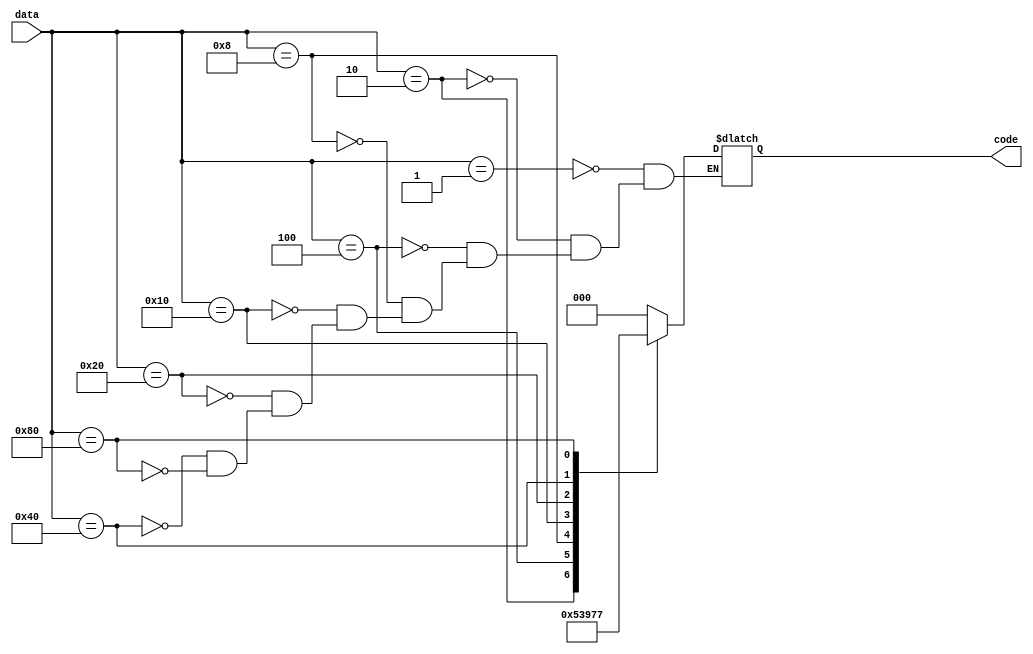

`timescale 10 ns / 1 ns

module Encoder8x3(code, data);
  input [7:0] data;
  output reg [2:0] code;
  
  always @(data)
  begin
    case(data)
      8'b0000_0001: code <= 3'd0;
      8'b0000_0010: code <= 3'd1;
      8'b0000_0100: code <= 3'd2;
      8'b0000_1000: code <= 3'd3;
      8'b0001_0000: code <= 3'd4;
      8'b0010_0000: code <= 3'd5;
      8'b0100_0000: code <= 3'd6;
      8'b1000_0000: code <= 3'd7;
    endcase
  end
  
endmodule